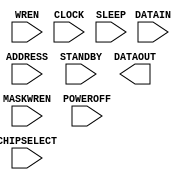
// This program was cloned from: https://github.com/rj45/rj32
// License: MIT License

/* verilator lint_off UNUSED */
/* verilator lint_off UNDRIVEN */
/* verilator lint_off DECLFILENAME */
(* blackbox *)
module SB_SPRAM256KA(
	input [13:0] ADDRESS,
	input [15:0] DATAIN,
	input [3:0] MASKWREN,
	input WREN,
	input CHIPSELECT,
	input CLOCK,
	input STANDBY,
	input SLEEP,
	input POWEROFF,
	output [15:0] DATAOUT
);
endmodule
/* verilator lint_on UNUSED */
/* verilator lint_on UNDRIVEN */